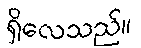
ရှိလေသည်။